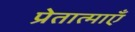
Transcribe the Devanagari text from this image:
प्रेतात्माएँ